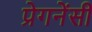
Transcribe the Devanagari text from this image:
प्रेगनेंसी